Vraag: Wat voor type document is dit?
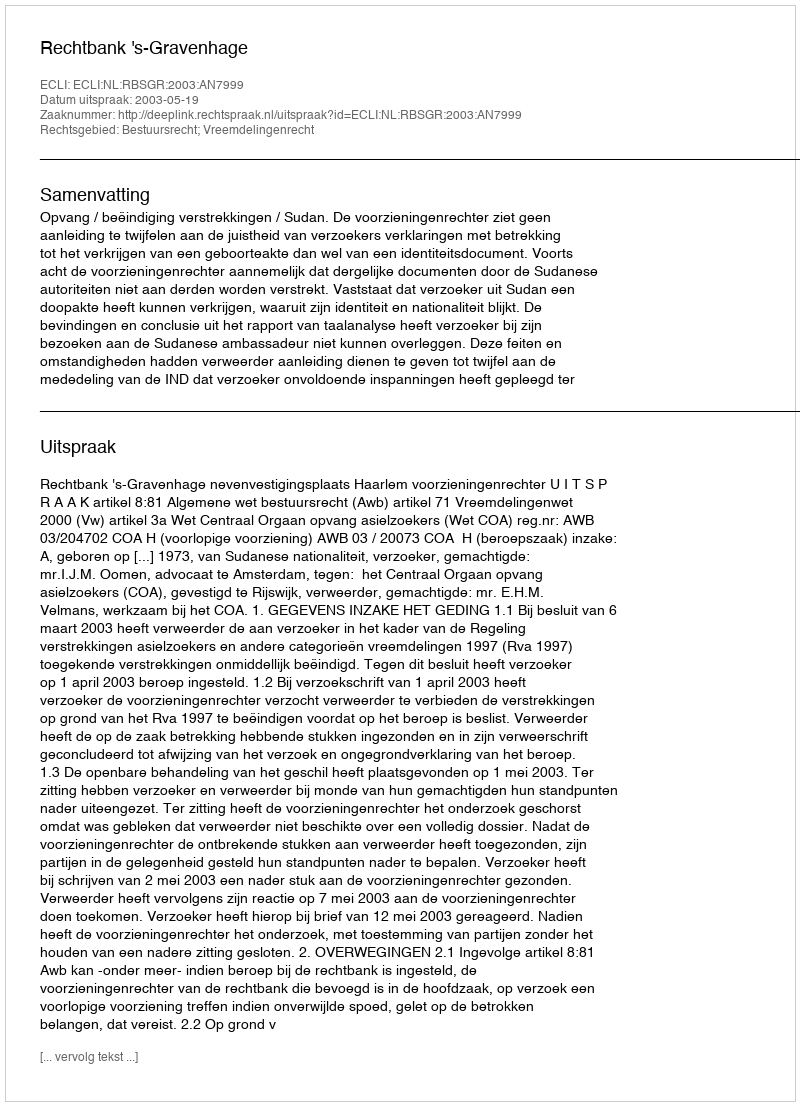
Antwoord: Uitspraak